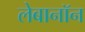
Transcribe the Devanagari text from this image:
लेबानॉन